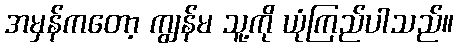
အမှန်ကတော့ ကျွန်မ သူ့ကို ယုံကြည်ပါသည်။